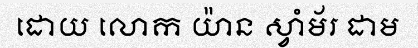
ដោយ លោក យ៉ាន ស្វាំម័រ ដាម